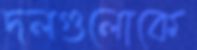
দলগুলোকে